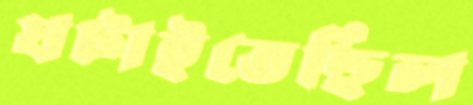
ঘটাইতেছিল